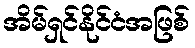
အိမ်ရှင်နိုင်ငံအဖြစ်